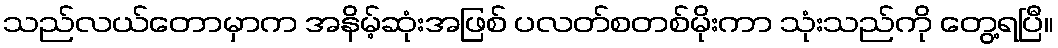
သည်လယ်တောမှာက အနိမ့်ဆုံးအဖြစ် ပလတ်စတစ်မိုးကာ သုံးသည်ကို တွေ့ရပြီ။